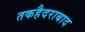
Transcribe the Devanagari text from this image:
तकहैदराबाद